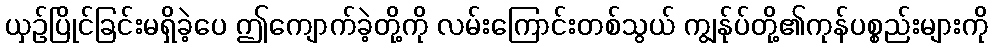
ယှဉ်ပြိုင်ခြင်းမရှိခဲ့ပေ ဤကျောက်ခဲ့တို့ကို လမ်းကြောင်းတစ်သွယ် ကျွန်ုပ်တို့၏ကုန်ပစ္စည်းများကို